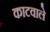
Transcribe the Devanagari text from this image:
काटवाले